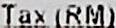
TAX (RM)